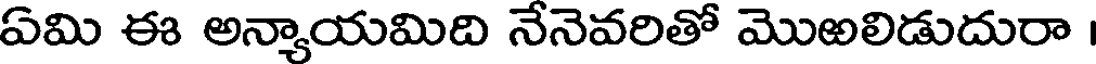
ఏమి ఈ అన్యాయమిది నేనెవరితో మొఱలిడుదురా